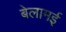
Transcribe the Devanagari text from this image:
बेलामई